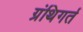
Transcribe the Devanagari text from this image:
ग्रंथिगर्त